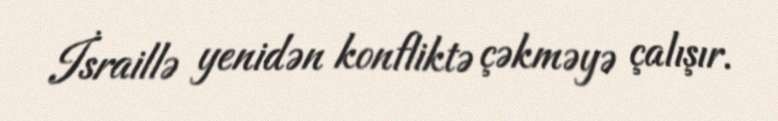
İsraillə yenidən konfliktə çəkməyə çalışır.